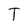
Character: T